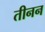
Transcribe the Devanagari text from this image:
तीनन